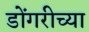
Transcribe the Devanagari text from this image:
डोंगरीच्या